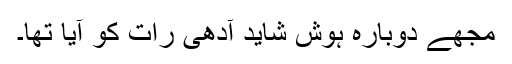
مجھے دوبارہ ہوش شاید آدھی رات کو آیا تھا۔